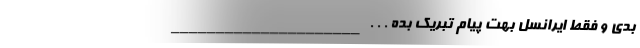
بدی و فقط ایرانسل بهت پیام تبریک بده . . . _____________________